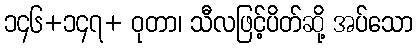
၁၄၆+၁၄၇+ ဝုတာ၊ သီလဖြင့်ပိတ်ဆို့ အပ်သော